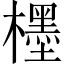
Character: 𣞪